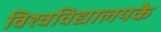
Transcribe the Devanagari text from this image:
विश्वविद्यालयके